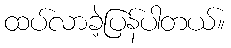
ထပ်လာခဲ့ပြန်ပါတယ်။